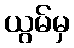
ယွမ်မှ